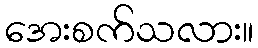
အေးစက်သလား။